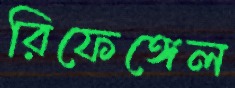
রিফেঙ্গেল